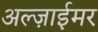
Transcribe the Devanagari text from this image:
अल्ज़ाईमर